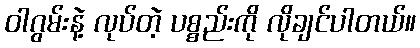
ဝါဂွမ်းနဲ့ လုပ်တဲ့ ပစ္စည်းကို လိုချင်ပါတယ်။